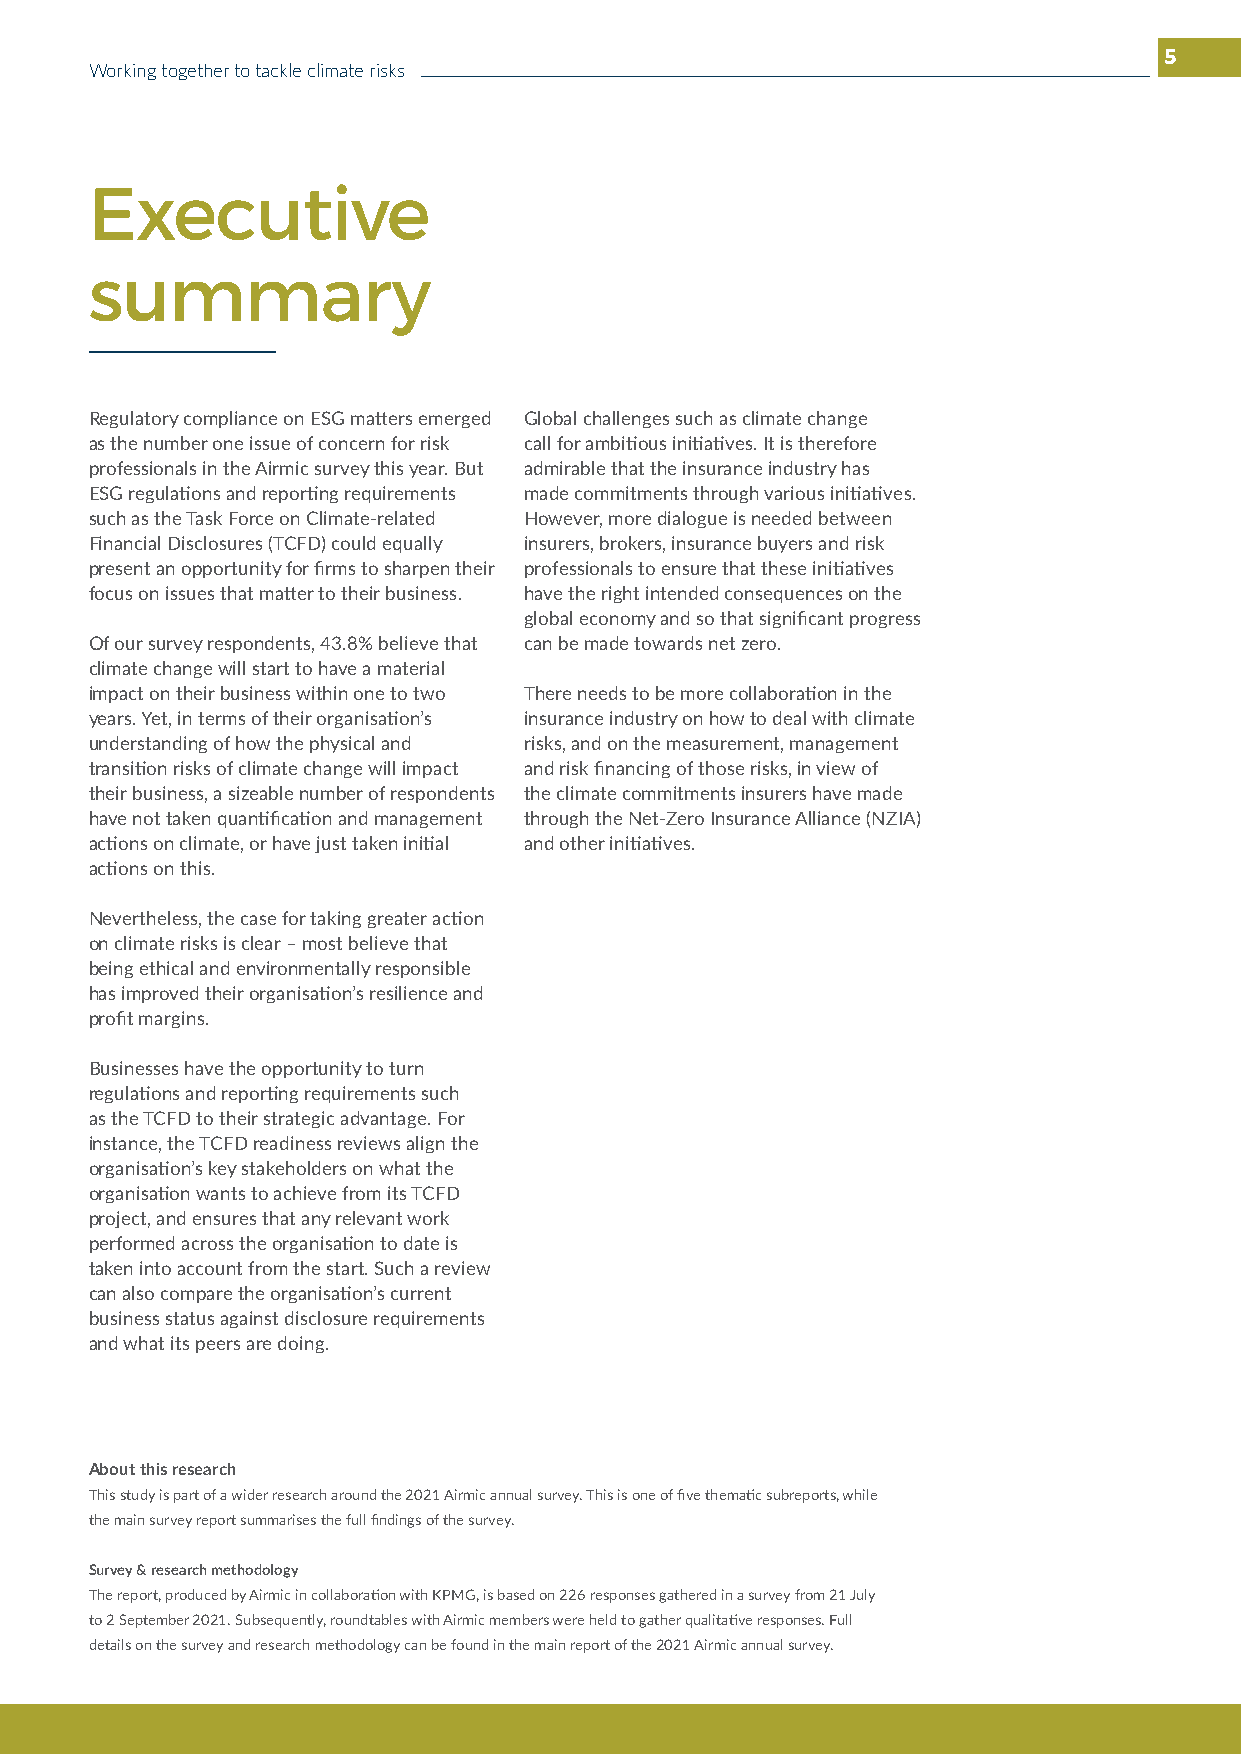
5
 Working together to tackle climate risks
 Executive
 summary
 Regulatory compliance on ESG matters emerged Global challenges such as climate change
 as the number one issue of concern for risk call for ambitious initiatives. It is therefore
 professionals in the Airmic survey this year. But admirable that the insurance industry has
 ESG regulations and reporting requirements made commitments through various initiatives.
 such as the Task Force on Climate-related However, more dialogue is needed between
 Financial Disclosures (TCFD) could equally insurers, brokers, insurance buyers and risk
 present an opportunity for firms to sharpen their professionals to ensure that these initiatives
 focus on issues that matter to their business. have the right intended consequences on the
 global economy and so that significant progress
 Of our survey respondents, 43.8% believe that can be made towards net zero.
 climate change will start to have a material
 impact on their business within one to two There needs to be more collaboration in the
 years. Yet, in terms of their organisation’s insurance industry on how to deal with climate
 understanding of how the physical and risks, and on the measurement, management
 transition risks of climate change will impact and risk financing of those risks, in view of
 their business, a sizeable number of respondents the climate commitments insurers have made
 have not taken quantification and management through the Net-Zero Insurance Alliance (NZIA)
 actions on climate, or have just taken initial and other initiatives.
 actions on this.
 Nevertheless, the case for taking greater action
 on climate risks is clear – most believe that
 being ethical and environmentally responsible
 has improved their organisation’s resilience and
 profit margins.
 Businesses have the opportunity to turn
 regulations and reporting requirements such
 as the TCFD to their strategic advantage. For
 instance, the TCFD readiness reviews align the
 organisation’s key stakeholders on what the
 organisation wants to achieve from its TCFD
 project, and ensures that any relevant work
 performed across the organisation to date is
 taken into account from the start. Such a review
 can also compare the organisation’s current
 business status against disclosure requirements
 and what its peers are doing.
 About this research
 This study is part of a wider research around the 2021 Airmic annual survey. This is one of five thematic subreports, while
 the main survey report summarises the full findings of the survey.
 Survey & research methodology
 The report, produced by Airmic in collaboration with KPMG, is based on 226 responses gathered in a survey from 21 July
 to 2 September 2021. Subsequently, roundtables with Airmic members were held to gather qualitative responses. Full
 details on the survey and research methodology can be found in the main report of the 2021 Airmic annual survey.